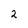
Character: 2